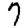
Digit: 7